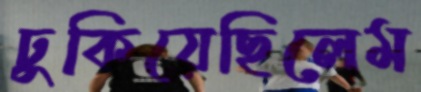
ঢুকিয়েছিলেম